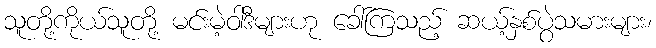
သူတို့ကိုယ်သူတို့ မင်းမဲ့ဝါဒီများဟု ခေါ်ကြသည့် ဆယ့်နှစ်ပွဲသမားများ၊